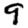
Digit: 9